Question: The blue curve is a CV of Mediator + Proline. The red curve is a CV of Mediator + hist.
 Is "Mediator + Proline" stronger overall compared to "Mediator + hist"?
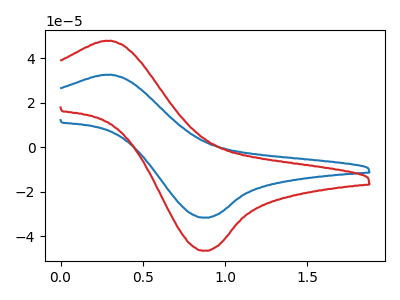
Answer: <think>The blue curve "Mediator + Proline" has an anodic peak at (0.30V, 32.50uA) and a cathodic peak at (0.85V, -31.65uA). The red curve "Mediator + hist" has an anodic peak at (0.30V, 47.75uA) and a cathodic peak at (0.85V, -46.50uA).
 All the peaks in "Mediator + Proline" have a peak in "Mediator + hist" at the same potential. Every peak in "Mediator + Proline" is lower than every peak in "Mediator + hist".</think>
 <answer>"Mediator + Proline" has less signal than "Mediator + hist".</answer>
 <eval>less_signal</eval>